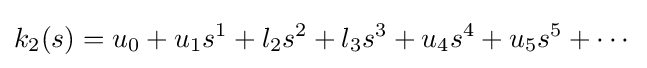
k_{2}(s)=u_{0}+u_{1}s^{1}+l_{2}s^{2}+l_{3}s^{3}+u_{4}s^{4}+u_{5}s^{5}+\cdots